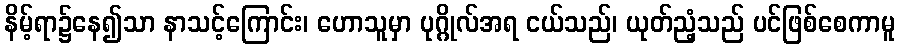
နိမ့်ရာ၌နေ၍သာ နာသင့်ကြောင်း၊ ဟောသူမှာ ပုဂ္ဂိုလ်အရ ငယ်သည်၊ ယုတ်ညံ့သည် ပင်ဖြစ်စေကာမူ